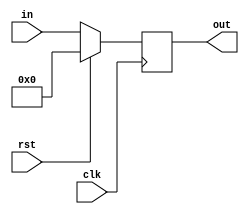
module pc(clk, rst, in, out);
    
    input clk, rst;
    input [31:0] in;
    output reg [31:0] out;

    always @(posedge clk)
        begin
            if (rst == 1)
                out <= 0;
            else
                out <= in;        
        end

endmodule